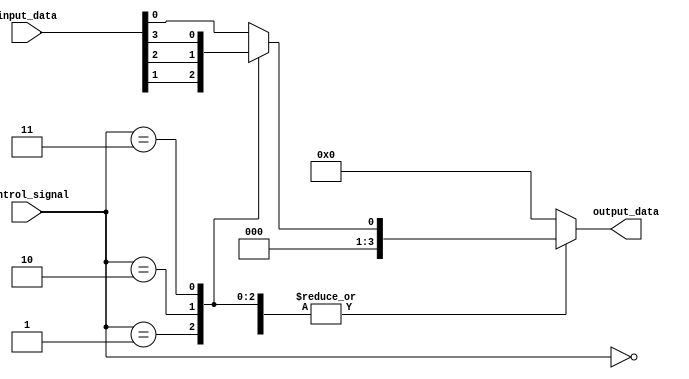
module io_block_switch (
  input wire [NUM_PORTS-1:0] input_data,
  input wire [NUM_PORTS-1:0] control_signal,
  output wire [NUM_PORTS-1:0] output_data
);

parameter NUM_PORTS = 4;
parameter DATA_WIDTH = 8;

reg [DATA_WIDTH-1:0] data_bus;

always @ (control_signal or input_data)
begin
  case (control_signal)
    0: data_bus = input_data[0];
    1: data_bus = input_data[1];
    2: data_bus = input_data[2];
    3: data_bus = input_data[3];
    default: data_bus = 8'b0;
  endcase
end

always @ (data_bus or control_signal)
begin
  case (control_signal)
    0: output_data = data_bus;
    1: output_data = data_bus;
    2: output_data = data_bus;
    3: output_data = data_bus;
    default: output_data = 8'b0;
  endcase
end

endmodule